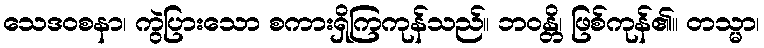
သေဒဝစနာ၊ ကွဲပြားသော စကားရှိကြကုန်သည်။ ဘဝန္တိ၊ ဖြစ်ကုန်၏။ တသ္မာ၊